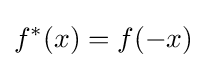
f^{*}(x)=f(-x)